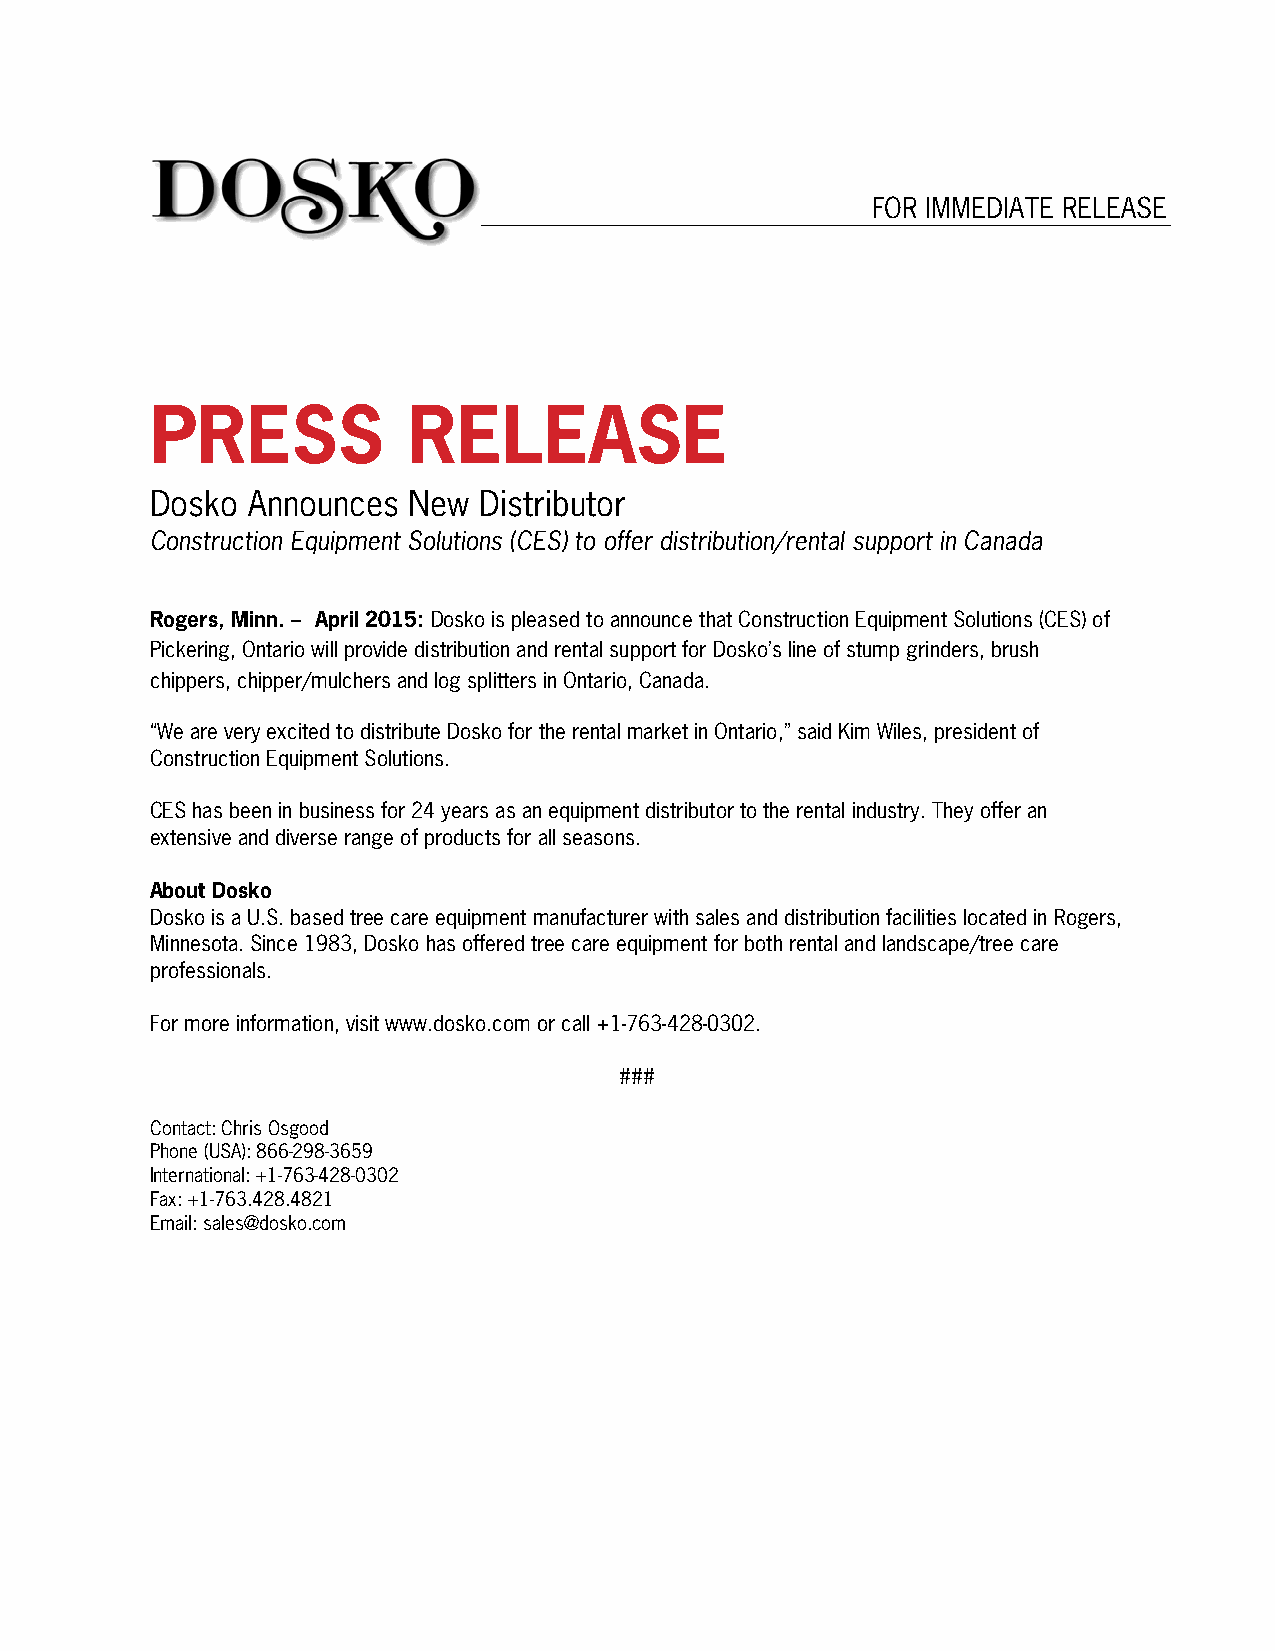
FOR IMMEDIATE RELEASE
 PRESS            RELEASE
 Dosko Announces  New  Distributor
 Construction Equipment Solutions (CES) to offer distribution/rental support in Canada
 Rogers, Minn. – April 2015: Dosko is pleased to announce that Construction Equipment Solutions (CES) of
 Pickering, Ontario will provide distribution and rental support for Dosko’s line of stump grinders, brush
 chippers, chipper/mulchers and log splitters in Ontario, Canada.
 “We are very excited to distribute Dosko for the rental market in Ontario,” said Kim Wiles, president of
 Construction Equipment Solutions.
 CES has been in business for 24 years as an equipment distributor to the rental industry. They offer an
 extensive and diverse range of products for all seasons.
 About Dosko
 Dosko is a U.S. based tree care equipment manufacturer with sales and distribution facilities located in Rogers,
 Minnesota. Since 1983, Dosko has offered tree care equipment for both rental and landscape/tree care
 professionals.
 For more information, visit www.dosko.com or call +1-763-428-0302.
 ###
 Contact: Chris Osgood
 Phone (USA): 866-298-3659
 International: +1-763-428-0302
 Fax: +1-763.428.4821
 Email: sales@dosko.com